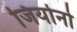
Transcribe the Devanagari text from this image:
जियोनो